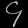
Digit: ၄